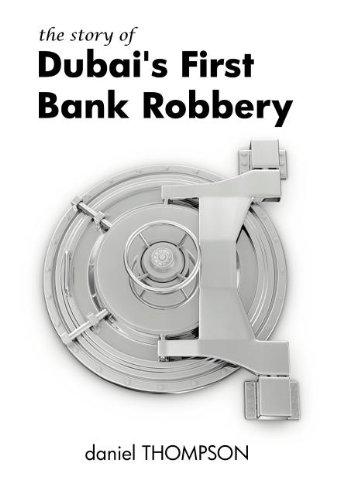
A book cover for The Story of Dubai's First Bank Robbery; Daniel Thompson; History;